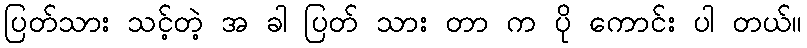
ပြတ်သား သင့်တဲ့ အ ခါ ပြတ် သား တာ က ပို ကောင်း ပါ တယ်။